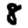
Digit: 8